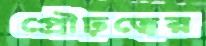
প্রৌঢ়ত্বের